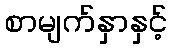
စာမျက်နှာနှင့်